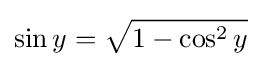
\sin y={\sqrt {1-\cos ^{2}y}}\,\!